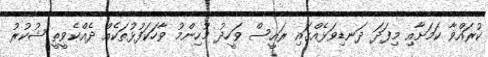
ކުރައްވާ ކަމަށާއި މިފަދަ ދަނޑިވަޅެއްގައި ރައީސް ވަހީދު މުހިންމު ވާހަކަފުޅުތަކެއް ދެއްކެވީތީ ޝުކުރު